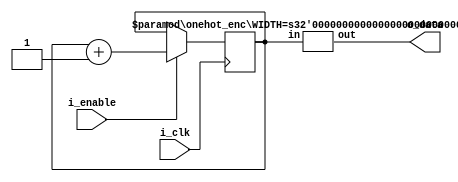
module walking_bit_gen #(
    parameter WIDTH = 5
    ) (i_clk, i_enable, o_data);

    input wire i_clk, i_enable;
    output wire [(2**WIDTH)-1:0] o_data;

	wire [(2**WIDTH)-1:0] data;
	
    reg [WIDTH-1:0] counter = 0;
    always @(posedge i_clk) begin
        if (i_enable) begin
            counter <= counter + 1;
        end
    end
    onehot_enc 
    #(
        .WIDTH (WIDTH )
    )
    u_onehot_enc(
        .in  (counter),
        .out (data )
    );
	
	/*always @(posedge i_clk) begin
		o_data <= data;
	end*/
    assign o_data = data;
    
endmodule


module onehot_enc #(
    parameter WIDTH = 5
    ) (
    input wire [WIDTH-1:0] in,
    output wire [(2**WIDTH)-1:0] out
    );
	
	assign out = 1 << in;
endmodule